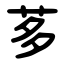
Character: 茤